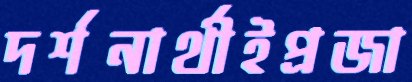
দর্শনার্থীইপ্রজা